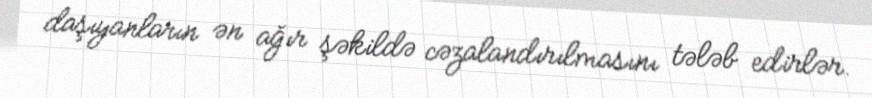
daşıyanların ən ağır şəkildə cəzalandırılmasını tələb edirlər.